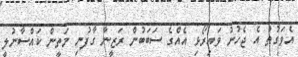
އެވަގުތު އެ ޖެހުނު ވައިރޯޅި އެއްގެ ސަބަބުން ރަޒީނާ ގާފުނި މަތީން ކައްސާނުލީ